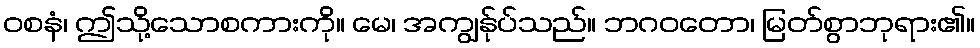
ဝစနံ၊ ဤသို့သောစကားကို။ မေ၊ အကျွန်ုပ်သည်။ ဘဂဝတော၊ မြတ်စွာဘုရား၏။